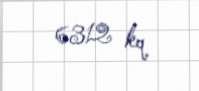
6312 kq